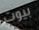
بيوت